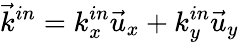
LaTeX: \vec{k}^{in}=k_{x}^{in}\vec{u}_{x}+k_{y}^{in}\vec{u}_{y}